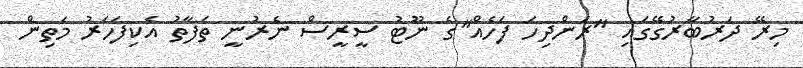
މިރޭ ދަރުބާރުގޭގައި "ރަންދިހަ ފަހެއް"ގެ ނޫޓު ސީރީސް ނެރުނީ ތަފާތު އެކިފަހަރު މަތިން